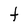
Character: f